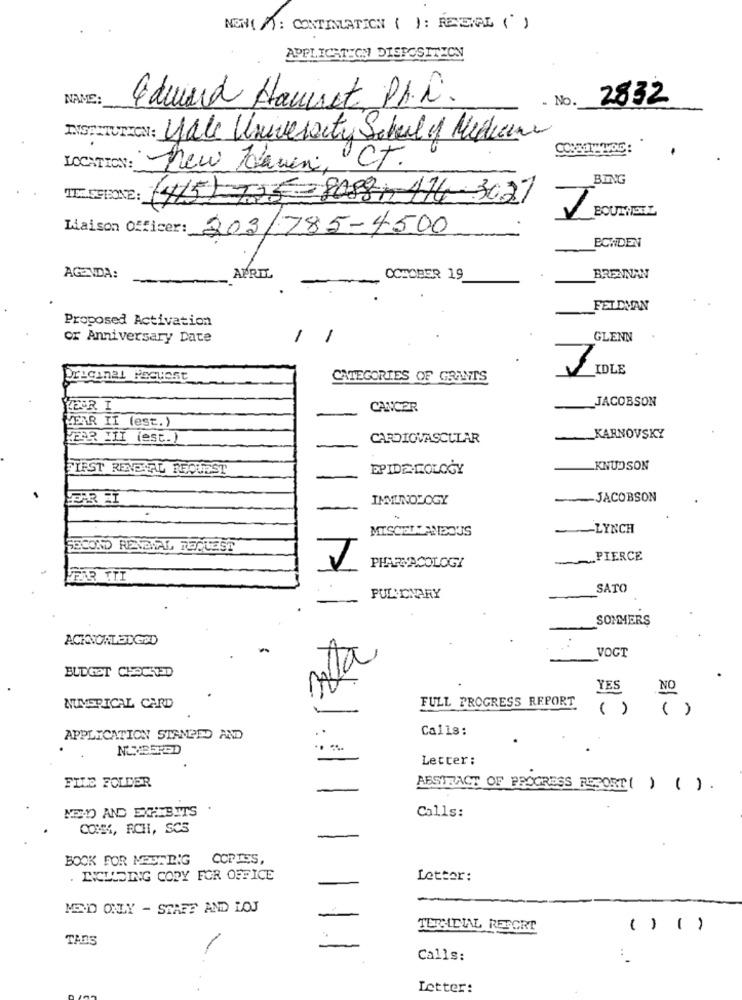
NEW( A): CONTINUATION ( ) : REVERL ( )
APPLICATION DISPOSITION
NAME:
Edward Hauwert PR.C.
No.
2832
INSTIT
v: yale University Sabul of Medicine
LOCATION:
new Haven, CT.
BING
TEE SELONE:
(4/5)-735-80881-474-3027
Liaison Officer: 203/785-4500
BOWDEN
AGENDA:
APRIL
OCTOBER 19
BRENNAN
FELDMAN
Proposed Activation
or Anniversary Date
1
1
GLENN
IDLE
Dragenal Request
CATEGORIES OF GRANTS
JACOBSON
LEER I
CANCER
YEAR II (est.)
WEER III (est.)
CARDIOVASCULAR
__ KARNOVSKY
FLEST RENEWAL REQUEST
EPIDE LOLOGY
KNUDSON
HEAR ET
IMMUNOLOGY
JACOBSON
MISCELLANEOUS
-LYNCH
SECOND RENEWAL REQUEST
PIERCE
PHARMACOLOGY
SATO
PULMONARY
SOMMERS
ACKNOWLEDGED
VOGT
BUDGET CHOUSTED
YES
NO
NUMERICAL CARD
FULL PROGRESS REPORT
( ) ( )
Calls:
APPLICATION STANPED AND
..
.. ..
Letter:
FILE FOLDER
ABSTRACT OF PROGRESS REPORT( ) ( ) .
MED AND EXHIBITS
Calls:
COMME, RCH, SCS
BOOK FOR MEETING
COPIES,
INCLUDING CODY FOR OFFICE
Letter:
MED ONLY - STAFF AND LOJ
TERSLEIAL RESORT
( ) ()
TADS
Calls:
Letter: